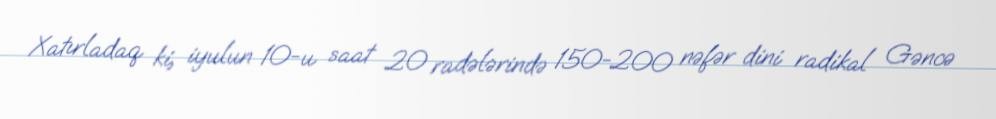
Xatırladaq ki, iyulun 10-u saat 20 radələrində 150-200 nəfər dini radikal Gəncə